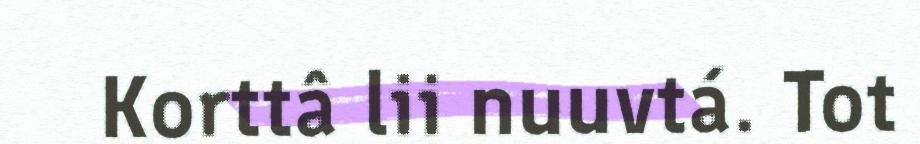
Korttâ lii nuuvtá. Tot